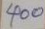
400